Report on vaccination in Madras 1877-1894 - 1877-1894
Year: 1877
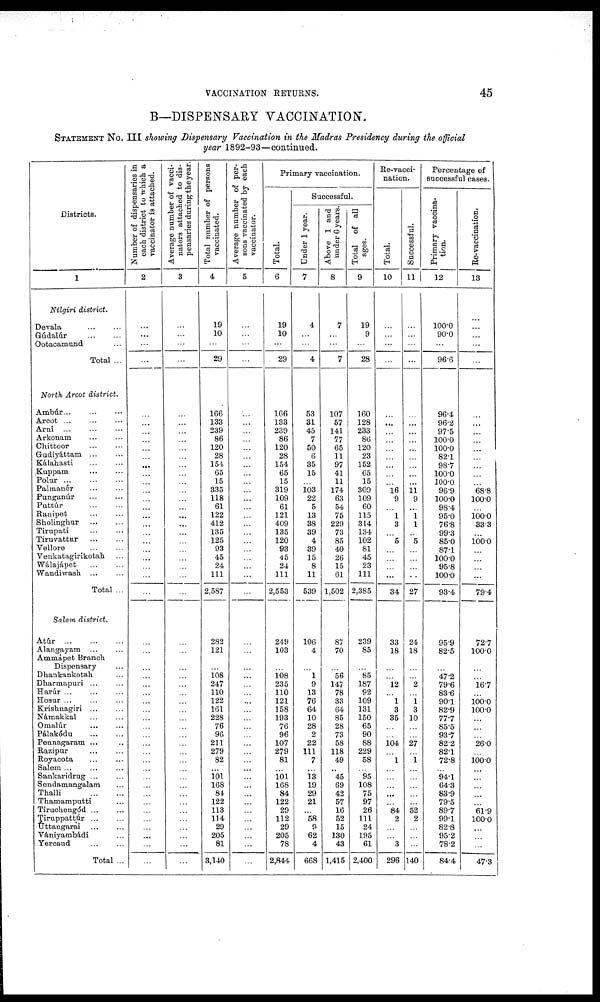
VACCINATION RETURNS.
45
B—DISPENSARY VACCINATION.
STATEMENT No. III showing Dispensary Vaccination in the Madras Presidency during the official
year 1892-93—continued.
Districts.
1
Nílgiri district.
Devala... ...
Gúdalúr...
...
Ootacamund...
Total ...
North Arcot district.
Ambúr...
...
...
Arcot...
...
...
Arni... ... ...
Arkonam...
...
Chittoor...
...
Gudiyáttam... ...
Kálahasti... ...
Kuppam...
...
Polur...
...
...
Palmanér... ...
Punganúr...
...
Puttdúr...
...
Ranipet... ...
Sholinghur...
...
Tirupati... ...
Tiruvattur...
...
Vellore... ...
Venkatagirikotah...
Wálajápet...
...
Wandiwash...
...
Total ...
Salem district.
Atúr...
...
...
Alangayam... ...
Ammápet Branch
Dispensary...
Dhankankotah...
Dharmapuri...
...
Harúr... ... ...
Hosur... ... ...
Krishnagiri...
...
Námakkal...
...
Omalúr...
...
Pálakódu...
...
Pennagaram ... ...
Razipur... ...
Royacota... ...
Salem...
...
...
Sankaridrug... ...
Sendamangalam...
Thalli...
...
Thamamputti...
Tiruchengód...
...
Tiruppattúr...
...
Uttangarai... ...
Vániyambádi...
Yercaud...
...
Total ...
Number of dispensaries in
each district to which a
vaccinator is attached.
2
...
...
...
...
...
...
...
...
...
...
...
...
...
...
...
...
...
...
...
...
...
...
...
...
...
...
...
...
...
...
...
...
...
...
...
...
...
...
...
...
...
...
...
...
...
...
...
...
...
...
...
Average number of vacci¬
nators attached to dis-
pensaries during the year.
3
...
...
...
...
...
...
...
...
...
...
...
...
...
...
...
...
...
...
...
...
...
...
...
...
...
...
...
...
...
...
...
...
...
...
...
...
...
...
...
...
...
...
...
...
...
...
...
...
...
...
...
Total number of persons
vaccinated.
4
19
10
...
29
166
133
239
86
120
28
154
65
15
335
118
61
122
412
135
125
93
45
24
111
2,587
...
282
121
...
108
247
110
122
161
228
76
96
211
279
82
...
101
168
84
122
113
114
29
205
81
3,140
Average number of per¬
s ons vaccinated by each
vaccinator.
5
...
...
...
...
...
...
...
...
...
...
...
...
...
...
...
...
...
...
...
...
...
...
...
...
...
...
...
...
...
...
...
...
...
...
...
...
...
...
...
...
...
...
...
...
...
...
...
...
...
...
...
Primary vaccination.
Total.
6
19
10
...
29
166
133
239
86
120
28
154
65
15
319
109
61
121
409
135
120
93
45
24
111
2,553
...
249
103
...
108 235
110
121
158
193
76
96
107
279
81
...
101
168
84
122
29
112
29
205
78
2,844
Successful.
Under 1 year.
7
4
...
...
4
53
31
45
7
50
6
35
15
...
103
22
5
13
38
39
4
39
15
8
11
539
...
106
4
...
1
9
13
76
64
10
28
2
22
111
7
...
13
19
29
21
...
58
9
62
4
668
Above 1 and
under 6 years.
8
7
...
...
7
107
57
141
77
65
11
97
41
11
174
63
54
75
229
73
85
40
26
15
61
1,502
...
87
70
...
56
147
78
33
64
85
28
73
58
118
49
...
45
69
42
57
16
52
15
130
43
1,415
Tot al of all
ages.
9
19
9
...
28
160
128
233
86
120
23
152
65
15
309
109
60
115
314
134
102
81
45
23
111
2,385
...
239
85
...
85
187
92
109
131
150
65
90
88
229
58
...
95
108
75
97
26
111
24
195
61
2,400
Re-vacci-
nation.
Total.
10
...
...
...
...
...
...
...
...
...
...
...
...
...
16
9
...
1
3
...
5
...
...
...
...
34
...
33
18
...
...
12
...
1
3
35
...
...
104
...
1
...
...
...
...
...
84
2
...
...
3
296
Successful.
11
...
...
...
...
...
...
...
...
...
...
...
...
...
11
9
...
1
1
...
5
...
...
...
...
27
...
24
18
...
...
2
...
1
3
10
...
...
27
...
1
...
...
...
...
...
52
2
...
...
...
140
Percentage of
successful cases.
Primary vaccina-
tion.
12
100.0
90.0
...
96.6
96.4
96.2
97.5
100.0
100.0
82.1
98.7
100.0
100.0
96.9
100.0
98.4
95.0
76.8
99.3
85.0
87.1
100.0
95.8
100.0
93.4
...
95.9
82.5
...
47.2
79.6
83.6
90.1
82.9
77.7
85.5
93.7
82.2
82.1
72.8
...
94.1
64.3
83.9
79.5
89.7
99.1
82.8
95.2
78.2
84.4
Re-vaccination.
13
...
...
...
...
...
...
...
...
...
...
...
...
...
68.8
100.0
...
100.0
33.3
...
100.0
...
...
...
...
79.4
...
72.7
100.0
...
...
16.7
...
100.0
100.0
...
...
...
26.0
...
100.0
...
...
...
...
...
61.9
100.0
...
...
...
47.3